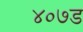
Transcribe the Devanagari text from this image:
४०७ड